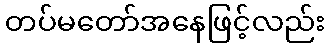
တပ်မတော်အနေဖြင့်လည်း